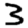
Digit: 3